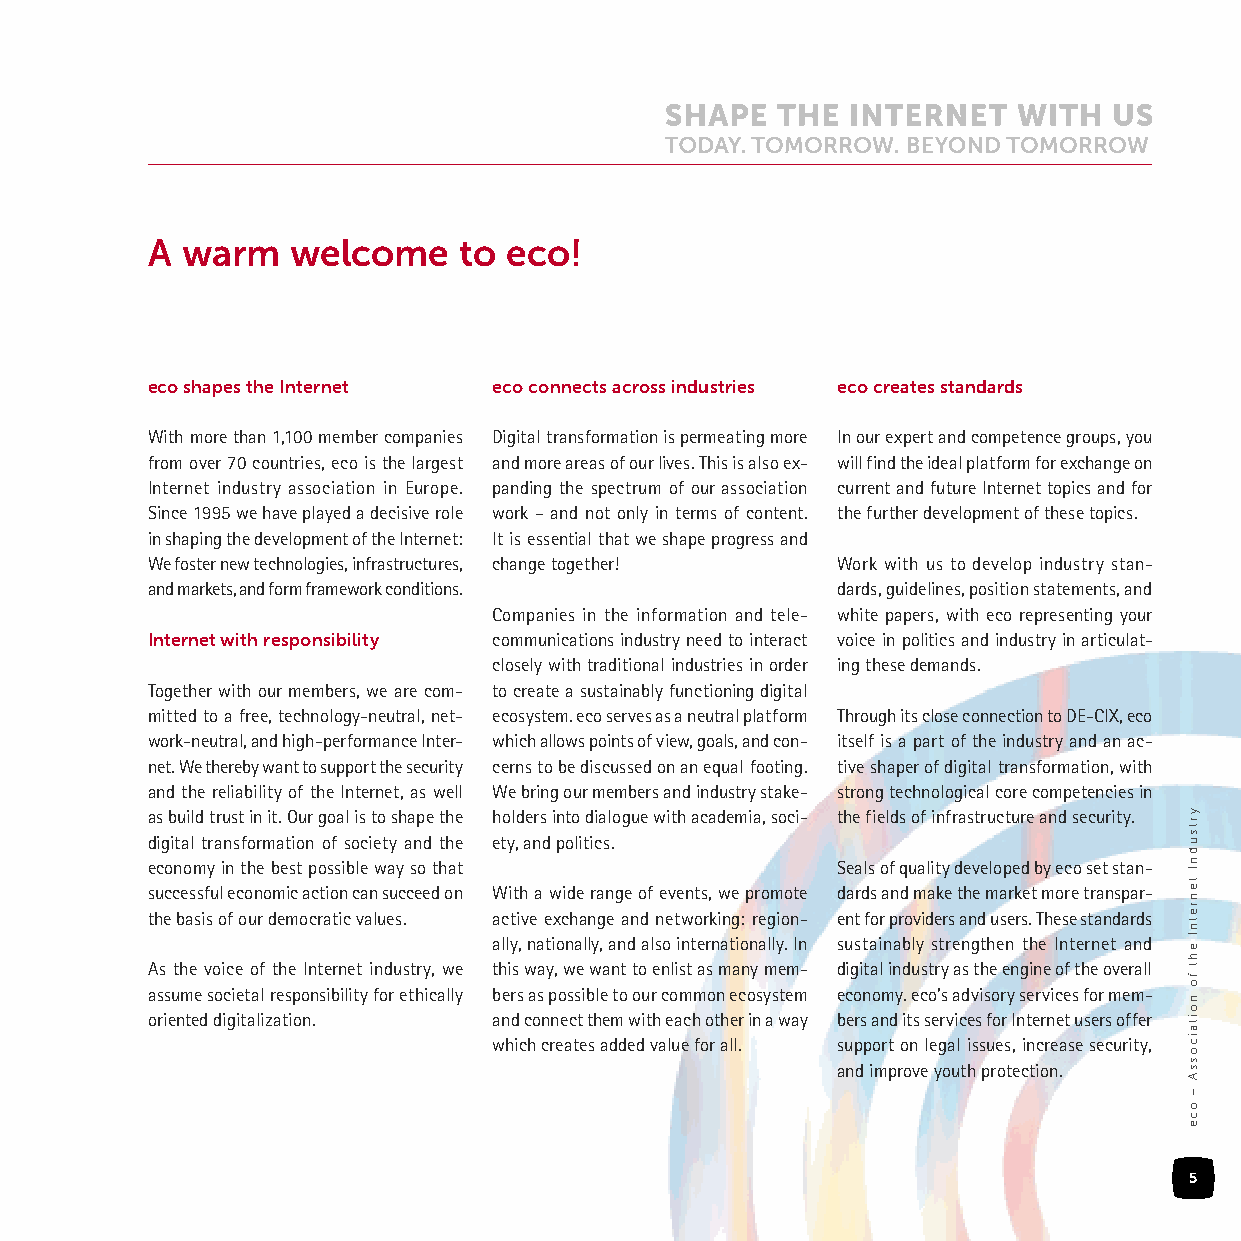
A warm   welcome    to eco!
 eco shapes the Internet eco connects across industries eco creates standards
 With more than 1,100 member companies Digital transformation is permeating more In our expert and competence groups, you
 from over 70 countries, eco is the largest and more areas of our lives. This is also ex- will find the ideal platform for exchange on
 Internet industry association in Europe. panding the spectrum of our association current and future Internet topics and for
 Since 1995 we have played a decisive role work – and not only in terms of content. the further development of these topics.
 in shaping the development of the Internet: It is essential that we shape progress and
 We foster new technologies, infrastructures, change together! Work with us to develop industry stan-
 and markets, and form framework conditions.  dards, guidelines, position statements, and
 Companies in the information and tele- white papers, with eco representing your
 Internet with responsibility communications industry need to interact voice in politics and industry in articulat-
 closely with traditional industries in order ing these demands.
 Together with our members, we are com- to create a sustainably functioning digital
 mitted to a free, technology-neutral, net- ecosystem. eco serves as a neutral platform Through its close connection to DE-CIX, eco
 work-neutral, and high-performance Inter- which allows points of view, goals, and con- itself is a part of the industry and an ac-
 net. We thereby want to support the security cerns to be discussed on an equal footing. tive shaper of digital transformation, with
 and the reliability of the Internet, as well We bring our members and industry stake- strong technological core competencies in
 as build trust in it. Our goal is to shape the holders into dialogue with academia, soci- the fields of infrastructure and security.
 digital transformation of society and the ety, and politics.
 economy in the best possible way so that     Seals of quality developed by eco set stan-
 successful economic action can succeed on With a wide range of events, we promote dards and make the market more transpar-
 the basis of our democratic values. active exchange and networking: region- ent for providers and users. These standards
 ally, nationally, and also internationally. In sustainably strengthen the Internet and
 As the voice of the Internet industry, we this way, we want to enlist as many mem- digital industry as the engine of the overall
 assume societal responsibility for ethically bers as possible to our common ecosystem economy. eco’s advisory services for mem-
 oriented digitalization. and connect them with each other in a way bers and its services for Internet users offer
 which creates added value for all. support on legal issues, increase security,
 and improve youth protection.
 5
 yrtsudnI
 tenretnI
 eht
 fo
 noitaicossA
 –
 oce